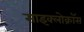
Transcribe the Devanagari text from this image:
साइक्लोक्रॉस